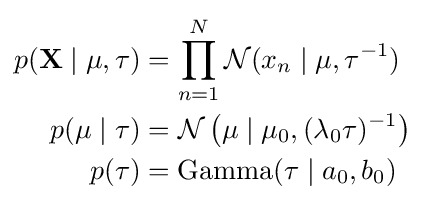
{\begin{aligned}p(\mathbf {X} \mid \mu ,\tau )&=\prod _{n=1}^{N}{\mathcal {N}}(x_{n}\mid \mu ,\tau ^{-1})\\p(\mu \mid \tau )&={\mathcal {N}}\left(\mu \mid \mu _{0},(\lambda _{0}\tau )^{-1}\right)\\p(\tau )&=\operatorname {Gamma} (\tau \mid a_{0},b_{0})\end{aligned}}